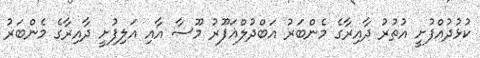
ކުޅުދުއްފުށީ އުތުރު ދާއިރާގެ މެންބަރު އަބްދުލްޣަފޫރު މޫސާ އާއި އަލިފުށީ ދާއިރާގެ މެންބަރު